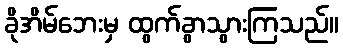
ခိုအိမ်ဘေးမှ ထွက်ခွာသွားကြသည်။